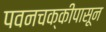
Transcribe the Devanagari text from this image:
पवनचक्कीपासून